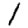
Digit: 1